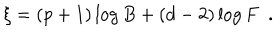
LaTeX: \xi = ( p + 1 ) \log B + ( d - 2 ) \log F ~ ~ .